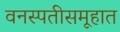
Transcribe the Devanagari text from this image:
वनस्पतीसमूहात